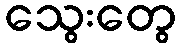
သွေးတွေ